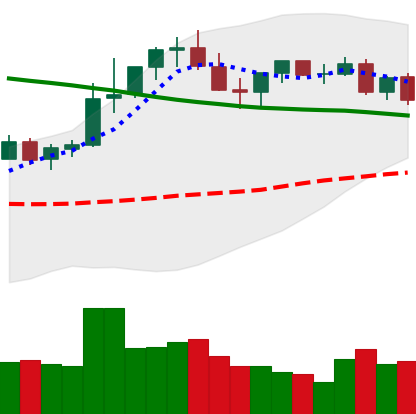
Ticker: TRX-USD
Chart end date: 2021-08-26
Forward return: 6.784%
Label: up_5_7